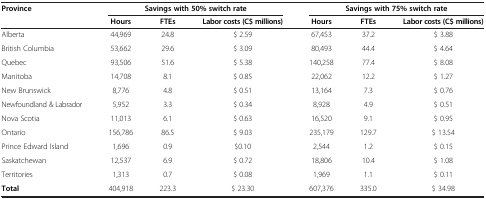
<table><thead><tr><td><b>Province</b></td><td colspan="3"><b>Savings with 50% switch rate</b></td><td colspan="3"><b>Savings with 75% switch rate</b></td></tr><tr><td><b> </b></td><td><b>Hours</b></td><td><b>FTEs</b></td><td><b>Labor costs (C$ millions)</b></td><td><b>Hours</b></td><td><b>FTEs</b></td><td><b>Labor costs (C$ millions)</b></td></tr></thead><tbody><tr><td>Alberta</td><td>44,969</td><td>24.8</td><td>$ 2.59</td><td>67,453</td><td>37.2</td><td>$ 3.88</td></tr><tr><td>British Columbia</td><td>53,662</td><td>29.6</td><td>$ 3.09</td><td>80,493</td><td>44.4</td><td>$ 4.64</td></tr><tr><td>Quebec</td><td>93,506</td><td>51.6</td><td>$ 5.38</td><td>140,258</td><td>77.4</td><td>$ 8.08</td></tr><tr><td>Manitoba</td><td>14,708</td><td>8.1</td><td>$ 0.85</td><td>22,062</td><td>12.2</td><td>$ 1.27</td></tr><tr><td>New Brunswick</td><td>8,776</td><td>4.8</td><td>$ 0.51</td><td>13,164</td><td>7.3</td><td>$ 0.76</td></tr><tr><td>Newfoundland &amp; Labrador</td><td>5,952</td><td>3.3</td><td>$ 0.34</td><td>8,928</td><td>4.9</td><td>$ 0.51</td></tr><tr><td>Nova Scotia</td><td>11,013</td><td>6.1</td><td>$ 0.63</td><td>16,520</td><td>9.1</td><td>$ 0.95</td></tr><tr><td>Ontario</td><td>156,786</td><td>86.5</td><td>$ 9.03</td><td>235,179</td><td>129.7</td><td>$ 13.54</td></tr><tr><td>Prince Edward Island</td><td>1,696</td><td>0.9</td><td>$0.10</td><td>2,544</td><td>1.2</td><td>$ 0.15</td></tr><tr><td>Saskatchewan</td><td>12,537</td><td>6.9</td><td>$ 0.72</td><td>18,806</td><td>10.4</td><td>$ 1.08</td></tr><tr><td>Territories</td><td>1,313</td><td>0.7</td><td>$ 0.08</td><td>1,969</td><td>1.1</td><td>$ 0.11</td></tr><tr><td><b>Total</b></td><td>404,918</td><td>223.3</td><td>$ 23.30</td><td>607,376</td><td>335.0</td><td>$ 34.98</td></tr></tbody></table>